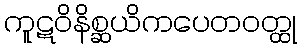
ကူဋဝိနိစ္ဆယိကပေတဝတ္ထု